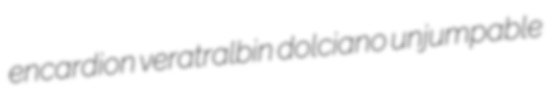
encardion veratralbin dolciano unjumpable